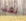
لغة